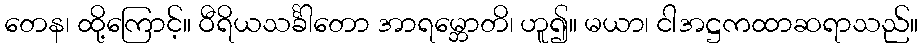
တေန၊ ထို့ကြောင့်။ ဝီရိယသင်္ခါတော အာရမ္ဘောတိ၊ ဟူ၍။ မယာ၊ ငါအဋ္ဌကထာဆရာသည်။